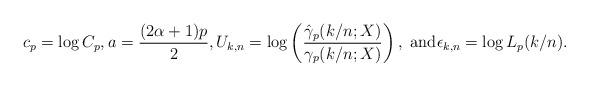
LaTeX: \begin{align*}c_p = \log C_p, a = \frac{(2\alpha+1)p}{2}, U_{k,n} = \log \left( \frac{\hat{\gamma}_p(k/n;X)}{\gamma_p(k/n;X)} \right), \textnormal{ and} \epsilon_{k,n} =\log L_p(k/n).\end{align*}